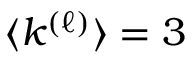
\langle k ^ { ( \ell ) } \rangle = 3